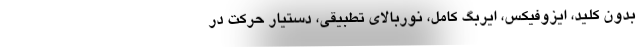
بدون کلید، ایزوفیکس، ایربگ کامل، نوربالای تطبیقی، دستیار حرکت در